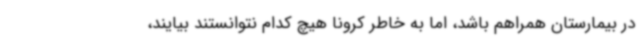
در بیمارستان همراهم باشد، اما به خاطر کرونا هیچ کدام نتوانستند بیایند،